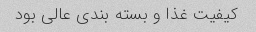
کیفیت غذا و بسته بندی عالی بود